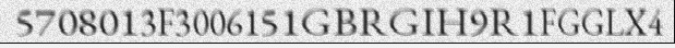
5708013F3006151GBRGIH9R1FGGLX4